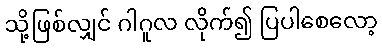
သို့ဖြစ်လျှင် ဂါဂူလ လိုက်၍ ပြပါစေလော့